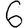
Digit: 6